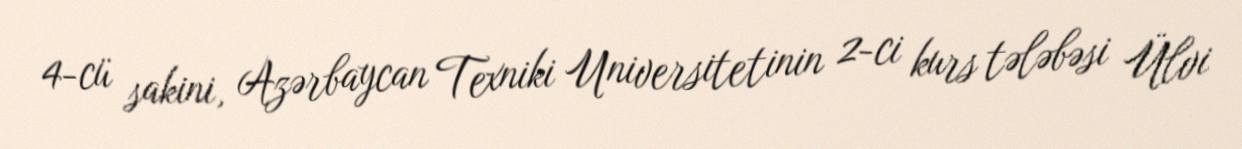
4-cü sakini, Azərbaycan Texniki Universitetinin 2-ci kurs tələbəsi Ülvi